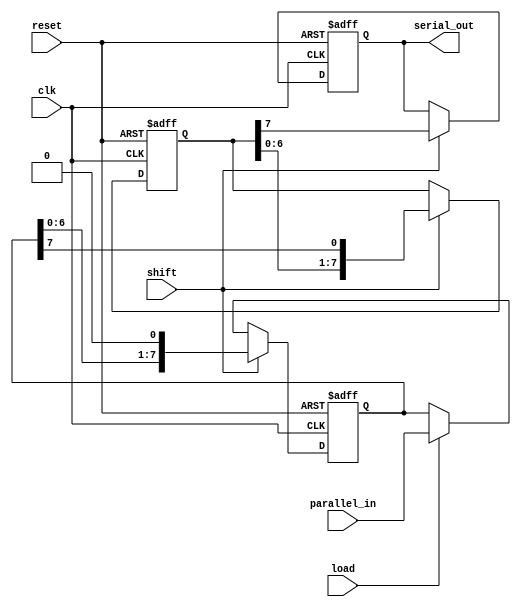
module TwoStagePISO #(
    parameter DATA_WIDTH = 8  // Parameter for data width
)(
    input wire clk,            // Clock signal
    input wire reset,          // Reset signal
    input wire load,           // Load signal
    input wire shift,          // Shift signal
    input wire [DATA_WIDTH-1:0] parallel_in, // Parallel input data
    output reg serial_out       // Serial output
);

    // Stage 1: Input Register
    reg [DATA_WIDTH-1:0] input_reg;

    // Stage 2: Shift Register
    reg [DATA_WIDTH-1:0] shift_reg;

    // Sequential logic for loading and shifting
    always @(posedge clk or posedge reset) begin
        if (reset) begin
            // Reset both registers
            input_reg <= 0;
            shift_reg <= 0;
            serial_out <= 0;
        end else begin
            if (load) begin
                // Load parallel data into input register
                input_reg <= parallel_in;
            end
            
            if (shift) begin
                // Shift data from input register to shift register
                shift_reg <= {shift_reg[DATA_WIDTH-2:0], input_reg[DATA_WIDTH-1]};
                // Shift out the most significant bit
                serial_out <= shift_reg[DATA_WIDTH-1];
                // Update input_reg to remove the shifted bit
                input_reg <= {input_reg[DATA_WIDTH-2:0], 1'b0};
            end else begin
                // Keep the serial output stable when not shifting
                serial_out <= serial_out;
            end
        end
    end

endmodule